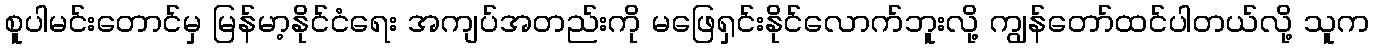
စူပါမင်းတောင်မှ မြန်မာ့နိုင်ငံရေး အကျပ်အတည်းကို မဖြေရှင်းနိုင်လောက်ဘူးလို့ ကျွန်တော်ထင်ပါတယ်လို့ သူက